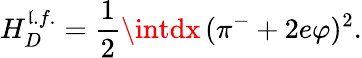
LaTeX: H_{D}^{\mathfrak{l}.f.}=\frac{{1}}{{2}}\intdx\, (\pi^{-}+2e\varphi)^{2}.